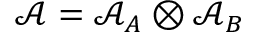
\mathcal { A } = \mathcal { A } _ { A } \otimes \mathcal { A } _ { B }